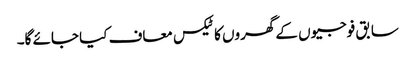
سابق فوجیوں کے گھروں کا ٹیکس معاف کیا جائے گا۔